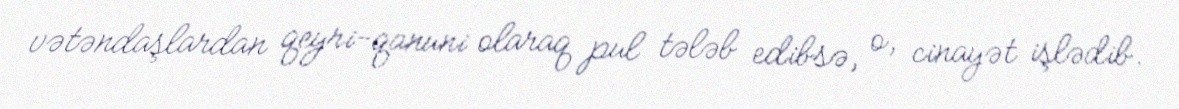
vətəndaşlardan qeyri-qanuni olaraq pul tələb edibsə, o, cinayət işlədib.